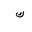
Letter: _kaf